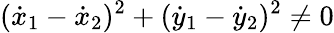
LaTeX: ({\dot{x}}_{1}-{\dot{x}}_{2})^{2}+({\dot{y}}_{1}-{\dot{y}}_{2})^{2}\not=0